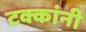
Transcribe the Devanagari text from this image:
टक्कांनी